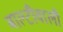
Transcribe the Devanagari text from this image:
बाल्टीवाली